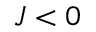
J < 0